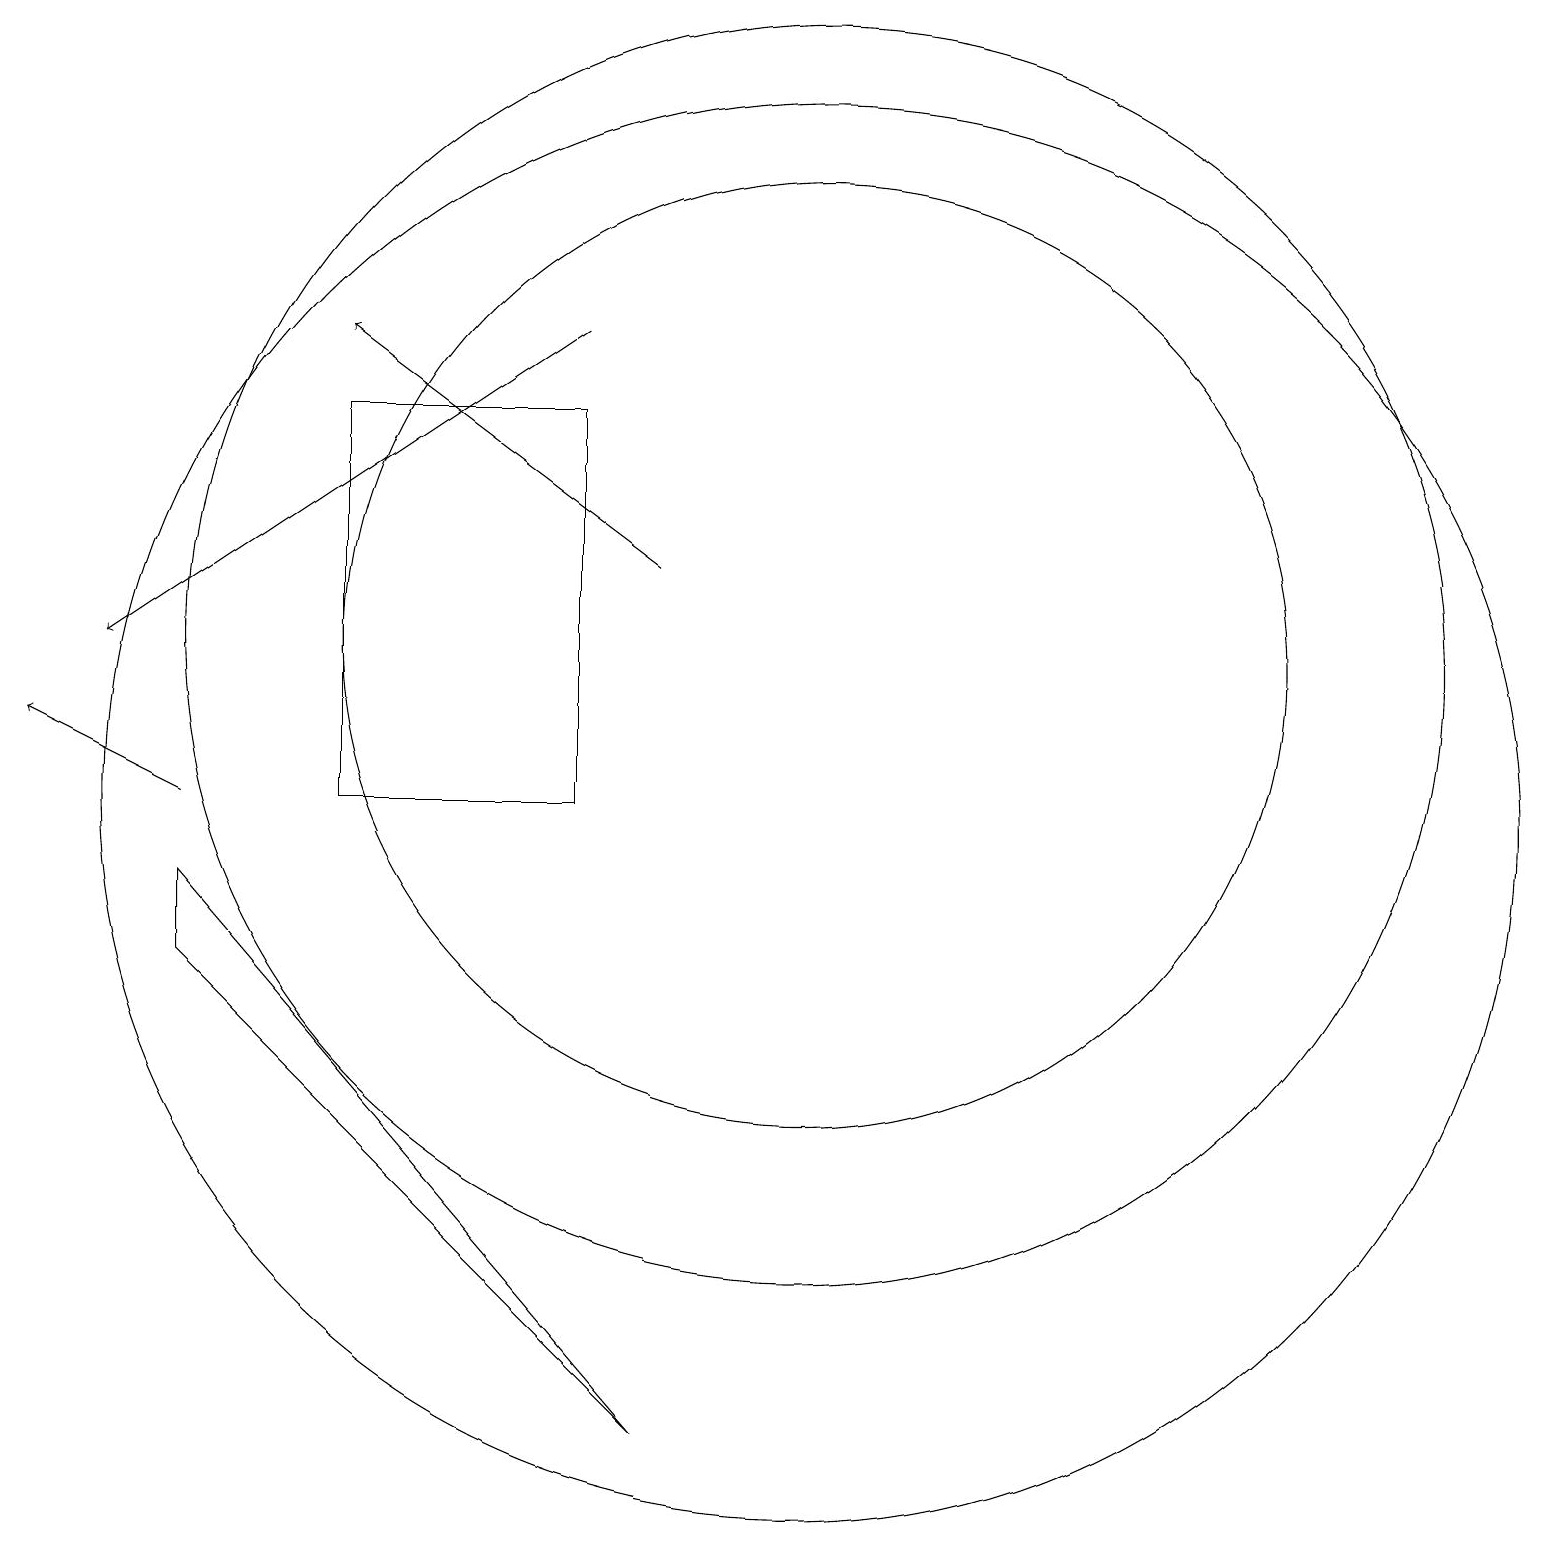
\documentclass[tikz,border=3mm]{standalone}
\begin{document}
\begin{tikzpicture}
\draw (2,9) -- (2,8) -- (8,2) -- cycle;
\draw (10,10) circle (9);
\draw[->] (7,16) -- (1,12);
\draw (10,12) circle (8);
\draw[->] (2,10) -- (0,11);
\draw (7,10) rectangle (4,15);
\draw[->] (8,13) -- (4,16);
\draw (10,12) circle (6);
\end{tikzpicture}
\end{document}